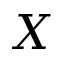
X